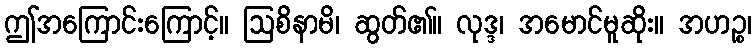
ဤအကြောင်းကြောင့်။ ဩစိနာမိ၊ ဆွတ်၏။ လုဒ္ဒ၊ အမောင်မူဆိုး။ အဟဉ္စ၊